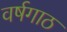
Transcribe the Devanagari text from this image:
वर्षगाठ